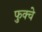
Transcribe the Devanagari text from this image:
फुक्चे